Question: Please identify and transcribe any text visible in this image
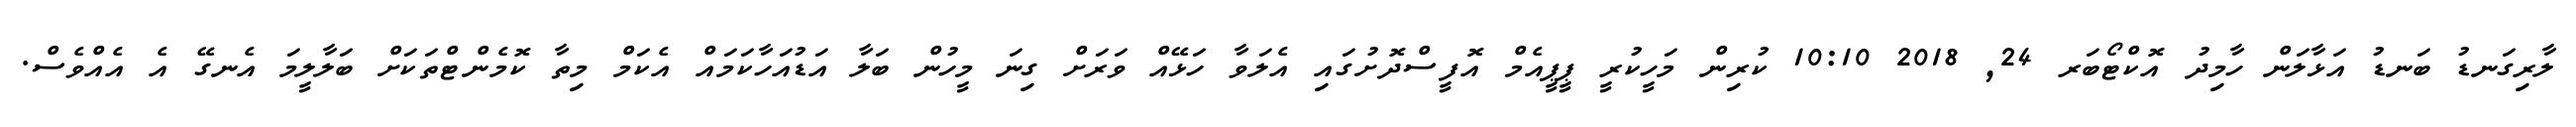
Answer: ލާރިގަނޑު ބަނޑު އަޅާލަން ހާމިދު އޮކްޓޯބަރ 24, 2018 10:10 ކުރިން މަހީކުރީ ޕީޕީއެމް އޮފީސްދޮށުގައި އެލަވާ ހަޅޭއް ވަރަށް ގިނަ މީހުން ބަލާ އަޑުއަހާކަމައް އެކަމް މިތާ ކޮމެންޓްތަކަށް ބަލާލީމަ އެނގޭ އެ އެއްވެސް.